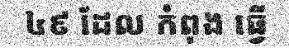
៤៩ ដែល កំពុង ធ្វើ